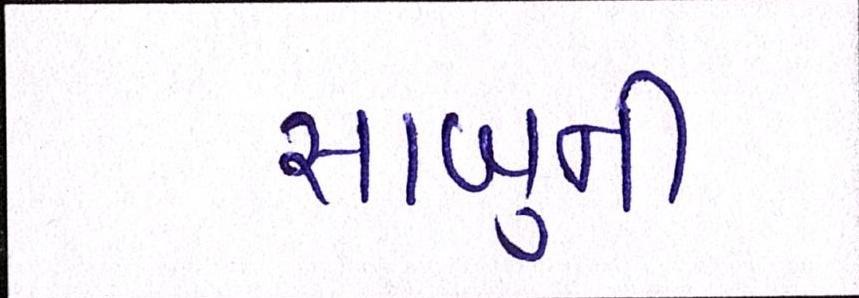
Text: સાબુની